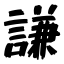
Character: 謙